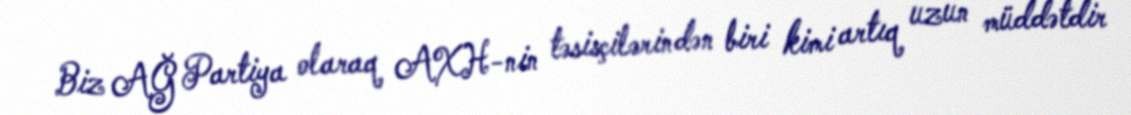
Biz AĞ Partiya olaraq AXH-nin təsisçilərindən biri kimi artıq uzun müddətdir